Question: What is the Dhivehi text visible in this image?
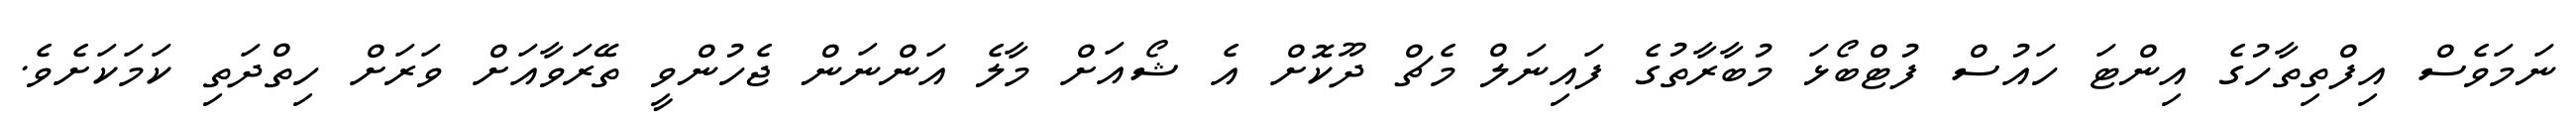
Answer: ނަމަވެސް އިފްތިތާހުގެ އިންޓަ ހައުސް ފުޓްބޯޅަ މުބާރާތުގެ ފައިނަލް މެޗް ދޫކޮށް އެ ޝޯއަށް މާލެ އަންނަން ޖެހުންވީ ތޭރަވާއަށް ވަރަށް ހިތްދަތި ކަމަކަށެވެ.